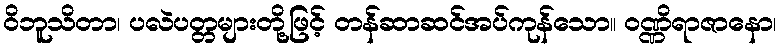
ဝိဘူသိတာ၊ ပလဲပတ္တများတို့ဖြင့် တန်ဆာဆင်အပ်ကုန်သော။ ဝဏ္ဏိရာဇာနော၊